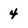
Character: 4